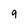
Character: 9